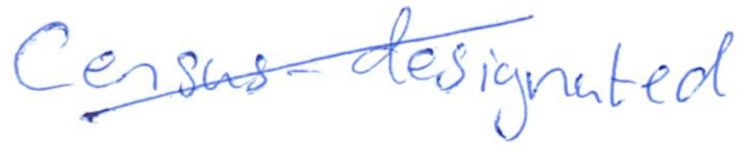
Text: Census-designated
Cross-out: diagonal
Writing tool: ballpoint